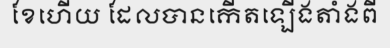
ខែហើយ ដែលបានកើតឡើងតាំងពី